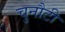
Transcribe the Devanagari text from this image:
चुनौटी